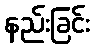
နည်းခြင်း